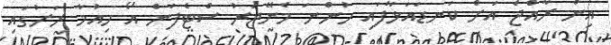
އިން ރާއްޖެ އަށް ކަނޑައަޅާފައި ހުންނަ މެނޭޖަރު ސްޓެފަން އޯ ހިއުމާ ރަށުގައި